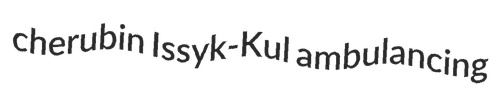
cherubin Issyk-Kul ambulancing